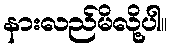
နားလည်မိလို့ပါ။